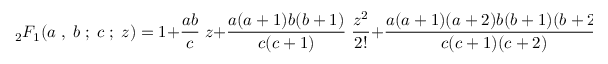
{ } _ { 2 } F _ { 1 } ( a \; , \; b \; ; \; c \; ; \; z ) = 1 + { \frac { a b } { c } } \; z + { \frac { a ( a + 1 ) b ( b + 1 ) } { c ( c + 1 ) } } \; { \frac { z ^ { 2 } } { 2 ! } } + { \frac { a ( a + 1 ) ( a + 2 ) b ( b + 1 ) ( b + 2 ) } { c ( c + 1 ) ( c + 2 ) } } \; { \frac { z ^ { 3 } } { 3 ! } } + \cdots